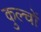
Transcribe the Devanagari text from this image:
कुल्चों